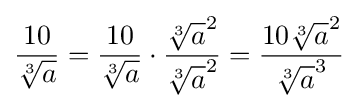
{\frac {10}{\sqrt[{3}]{a}}}={\frac {10}{\sqrt[{3}]{a}}}\cdot {\frac {{\sqrt[{3}]{a}}^{2}}{{\sqrt[{3}]{a}}^{2}}}={\frac {10{\sqrt[{3}]{a}}^{2}}{{\sqrt[{3}]{a}}^{3}}}